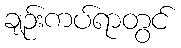
ချဉ်းကပ်ရာတွင်